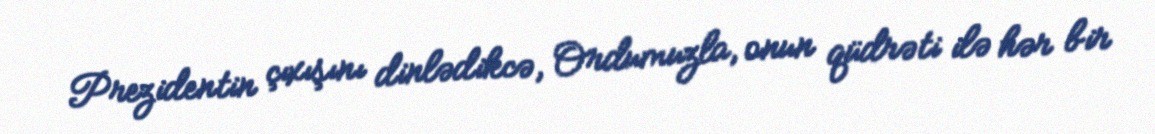
Prezidentin çıxışını dinlədikcə, Ordumuzla, onun qüdrəti ilə hər bir